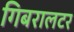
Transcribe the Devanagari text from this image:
गिबरालटर